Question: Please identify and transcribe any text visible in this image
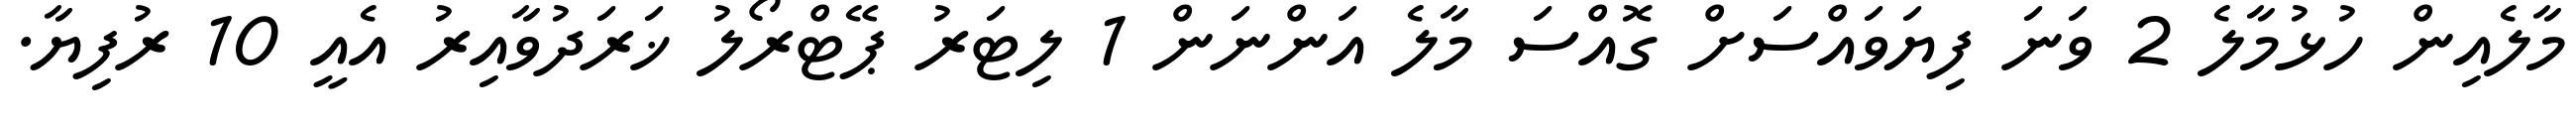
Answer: މާލެއިން ހުޅުމާލެ 2 ވަނަ ފިޔަވައްސަށް ގޮއްސަ މާލެ އަންނަން 1 ލިޓަރު ޕޭޓްރޯލު ޚަރަދުވާއިރު އެއީ 10 ރުފިޔާ.